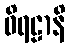
ဝိရဠာနိ